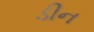
ડીન